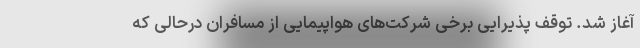
آغاز شد. توقف پذیرایی برخی شرکت‌های هواپیمایی از مسافران درحالی که